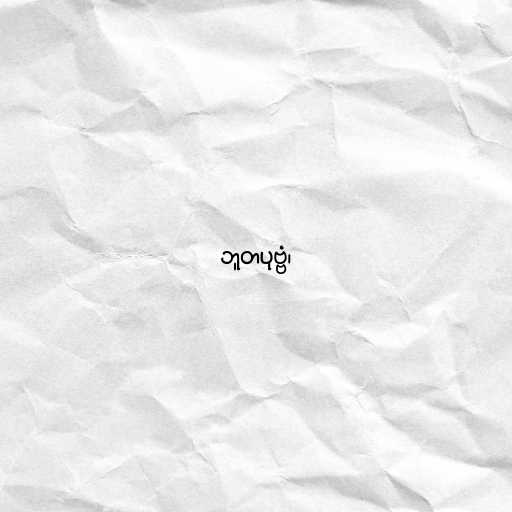
ဘူတပုဗ္ဗံ၊